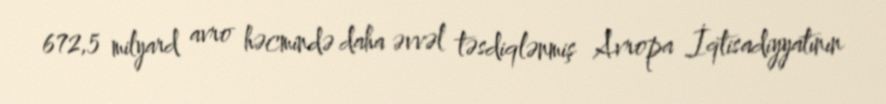
672,5 milyard avro həcmində daha əvvəl təsdiqlənmiş Avropa İqtisadiyyatının